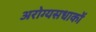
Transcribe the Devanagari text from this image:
अरोग्यसधाकों